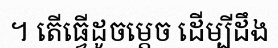
។ តើធ្វើដូចម្តេច ដើម្បីដឹង